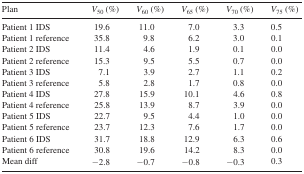
<table><thead><tr><td><b>Plan</b></td><td><b><i>V</i><sub>50</sub> (%)</b></td><td><b><i>V</i><sub>60</sub> (%)</b></td><td><b><i>V</i><sub>65</sub> (%)</b></td><td><b><i>V</i><sub>70</sub> (%)</b></td><td><b><i>V</i><sub>75</sub> (%)</b></td></tr></thead><tbody><tr><td>Patient 1 IDS</td><td>19.6</td><td>11.0</td><td>7.0</td><td>3.3</td><td>0.5</td></tr><tr><td>Patient 1 reference</td><td>35.8</td><td>9.8</td><td>6.2</td><td>3.0</td><td>0.1</td></tr><tr><td>Patient 2 IDS</td><td>11.4</td><td>4.6</td><td>1.9</td><td>0.1</td><td>0.0</td></tr><tr><td>Patient 2 reference</td><td>15.3</td><td>9.5</td><td>5.5</td><td>0.7</td><td>0.0</td></tr><tr><td>Patient 3 IDS</td><td>7.1</td><td>3.9</td><td>2.7</td><td>1.1</td><td>0.2</td></tr><tr><td>Patient 3 reference</td><td>5.8</td><td>2.8</td><td>1.7</td><td>0.8</td><td>0.0</td></tr><tr><td>Patient 4 IDS</td><td>27.8</td><td>15.9</td><td>10.1</td><td>4.6</td><td>0.8</td></tr><tr><td>Patient 4 reference</td><td>25.8</td><td>13.9</td><td>8.7</td><td>3.9</td><td>0.0</td></tr><tr><td>Patient 5 IDS</td><td>22.7</td><td>9.5</td><td>4.4</td><td>1.0</td><td>0.0</td></tr><tr><td>Patient 5 reference</td><td>23.7</td><td>12.3</td><td>7.6</td><td>1.7</td><td>0.0</td></tr><tr><td>Patient 6 IDS</td><td>31.7</td><td>18.8</td><td>12.9</td><td>6.3</td><td>0.6</td></tr><tr><td>Patient 6 reference</td><td>30.8</td><td>19.6</td><td>14.2</td><td>8.3</td><td>0.0</td></tr><tr><td>Mean diff</td><td>−2.8</td><td>−0.7</td><td>−0.8</td><td>−0.3</td><td>0.3</td></tr></tbody></table>